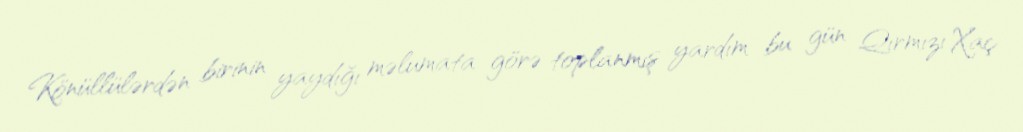
Könüllülərdən birinin yaydığı məlumata görə toplanmış yardım bu gün Qırmızı Xaç